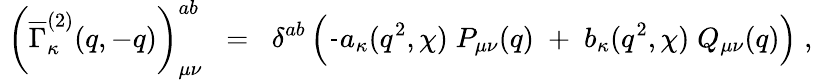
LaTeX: \; \left(\overline{{{\Gamma}}}_{\kappa}^{(2)}(q,-q)\right)_{\mu\nu}^{ab}\; \; =\; \; \delta^{ab}\left(\frac{}{}a_{\kappa}(q^{2},\chi)\; P_{\mu\nu}(q)\; +\; b_{\kappa}(q^{2},\chi)\; Q_{\mu\nu}(q)\right)\; ,